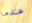
عندما